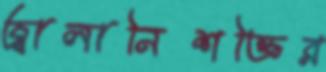
জ্বালানিশক্তির